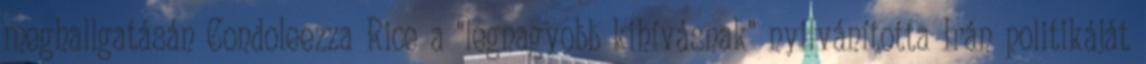
meghallgatásán Condoleezza Rice a "legnagyobb kihívásnak" nyilvánította Irán politikáját